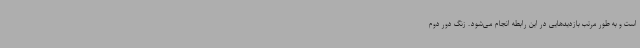
است و به طور مرتب بازدیدهایی در این رابطه انجام می‌شود. زنگ دور دوم